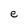
Character: e